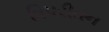
વિપરીતન